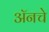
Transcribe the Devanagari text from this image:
अॅनचे